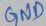
Text: GND